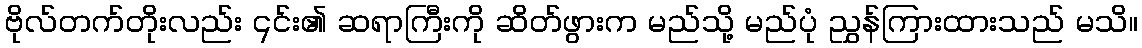
ဗိုလ်တက်တိုးလည်း ၎င်း၏ ဆရာကြီးကို ဆိတ်ဖွားက မည်သို့ မည်ပုံ ညွှန်ကြားထားသည် မသိ။